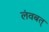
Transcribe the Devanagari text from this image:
लंवबत्‌